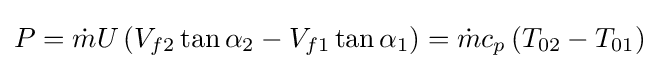
P={\dot {m}}U\left(V_{f2}\tan \alpha _{2}-V_{f1}\tan \alpha _{1}\right)={\dot {m}}c_{p}\left(T_{02}-T_{01}\right)